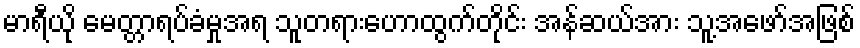
မာရီယို မေတ္တာရပ်ခံမှုအရ သူတရားဟောထွက်တိုင်း အန်ဆယ်အား သူ့အဖော်အဖြစ်